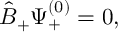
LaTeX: { \hat { B } } _ { + } \Psi _ { + } ^ { ( 0 ) } = 0 ,